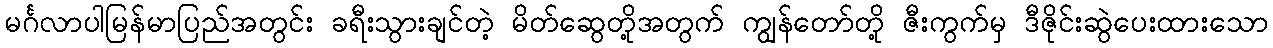
မင်္ဂလာပါမြန်မာပြည်အတွင်း ခရီးသွားချင်တဲ့ မိတ်ဆွေတို့အတွက် ကျွန်တော်တို့ ဇီးကွက်မှ ဒီဇိုင်းဆွဲပေးထားသော